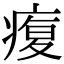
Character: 𤸑